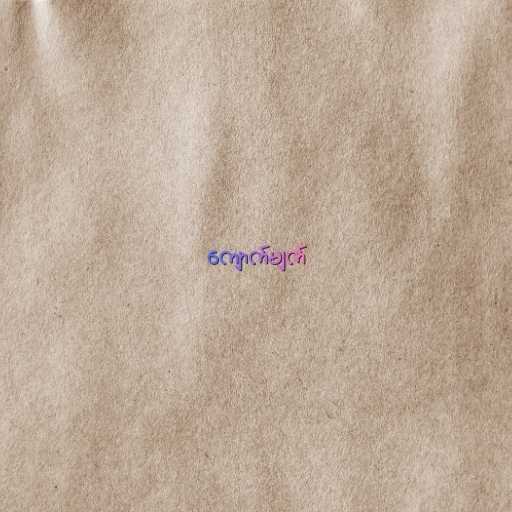
ကျောက်မျက်